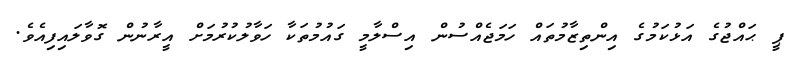
ޕީ ޙައްޖުގެ އަޅުކަމުގެ އިންތިޒާމުތައް ހަމަޖެއްސުން އިސްލާމީ ގައުމުތަކާ ހަވާލުކުރުމަށް އީރާނުން ގޮވާލައިފިއެވެ.